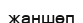
жаншөп